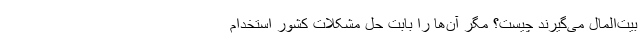
بیت‌المال می‌گیرند چیست؟ مگر آن‌ها را بابت حل مشکلات کشور استخدام